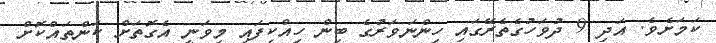
ކަމަށެވެ. އަދި 9 ދުވަހުގެތެރޭގައި ހިންނަވަރުގެ ބިން ހިއްކިފައި މިވަނީ އެގޮތަށް ކަންތައްކޮށް